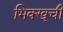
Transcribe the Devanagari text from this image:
भिक्खूची